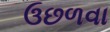
ઉછળવા